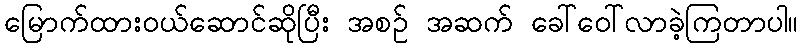
မြောက်ထားဝယ်ဆောင်ဆိုပြီး အစဉ် အဆက် ခေါ်ဝေါ်လာခဲ့ကြတာပါ။